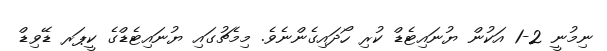
ނިމުނީ 2-1 އަކުން ޔުނައިޓެޑް ކުރި ހޯދައިގެންނެވެ. މިމެޗުގައި ޔުނައިޓެޑްގެ ކީޕަރ ޑޭވިޑް